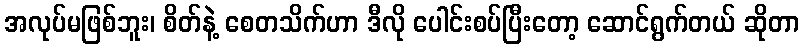
အလုပ်မဖြစ်ဘူး၊ စိတ်နဲ့ စေတသိက်ဟာ ဒီလို ပေါင်းစပ်ပြီးတော့ ဆောင်ရွက်တယ် ဆိုတာ